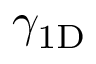
\gamma _ { \mathrm { 1 D } }